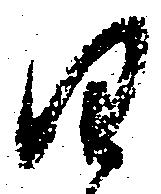
日